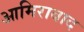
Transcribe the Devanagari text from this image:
आमिराबाद